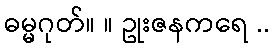
ဓမ္မဂုတ်။ ။ ဥုးဇနကရေ ..